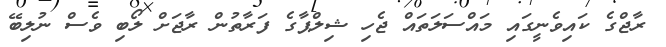
ރާޖްގެ ކައިވެނީގައި މައްސަލަތައް ޖެހި ޝިލްޕާގެ ފަރާތުން ރާޖަށް ލޯބި ވެސް ނުލިބޭ